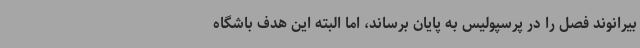
بیرانوند فصل را در پرسپولیس به پایان برساند، اما البته این هدف باشگاه